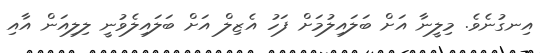
އިނގުނެވެ. މިލީނާ އަށް ބަލައިލުމަށް ފަހު އެޒިލް އަށް ބަލައިލެވުނީ ލިލިއަން އާއި